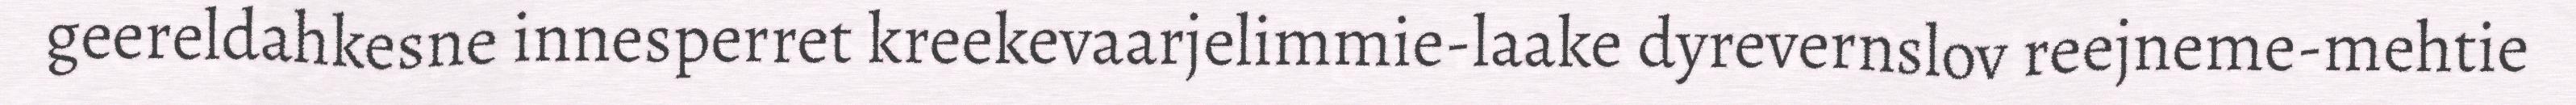
geereldahkesne innesperret kreekevaarjelimmie-laake dyrevernslov reejneme-mehtie